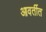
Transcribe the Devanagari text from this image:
आवर्तीत